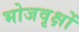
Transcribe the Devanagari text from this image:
भोजवृक्षों